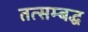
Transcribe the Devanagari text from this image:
तत्सम्बद्ध